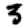
Digit: 3